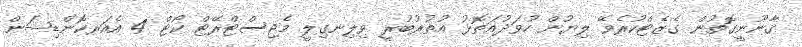
ޤާނޫނީގޮތުން ގެޒެޓްކުރެވޭ ލިޔުން ހުވަދުއަތޮޅު އުތުރުބުރީ ވިލިނގިލީ މެޖިސްޓްރޭޓް ކޯޓް 4 އެއަރކޮންޑިޝަން